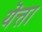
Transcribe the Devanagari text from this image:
यॆत्ता